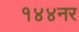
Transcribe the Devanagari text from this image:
१४४नर